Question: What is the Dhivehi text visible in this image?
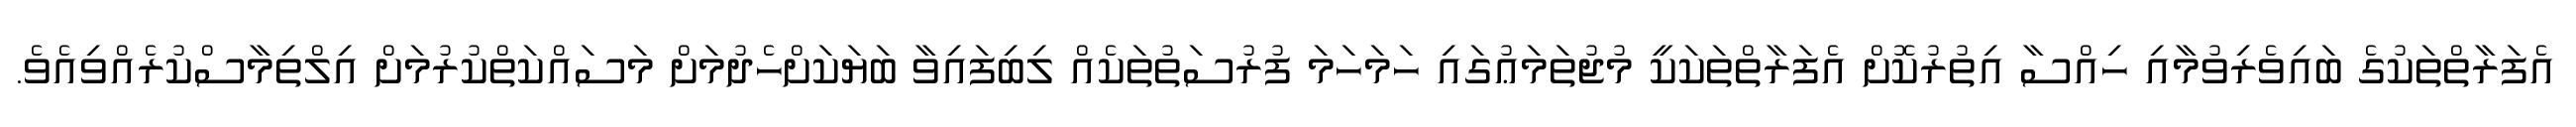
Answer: އެފަރާތްތަކުގެ ބައިވެރިވުމާއި ހިއްސާ އިތުރުކޮށް އެފަރާތްތަކަކީ މުޖުތަމަޢުގައި ހަމަހަމަ ފުރުސަތުތަކެއް ލިބިފައިވާ ބަޔަކަށްހެދުމަށް މަސައްކަތްކުރުމަށް އިލްތިމާސްކުރެއްވިއެވެ.